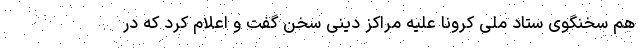
هم سخنگوی ستاد ملی کرونا علیه مراکز دینی سخن گفت و اعلام کرد که در